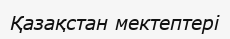
Қазақстан мектептері